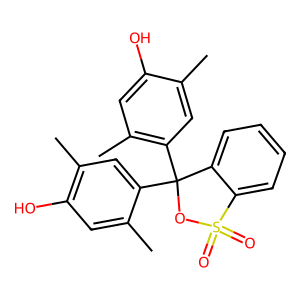
SMILES: Cc1cc(C2(c3cc(C)c(O)cc3C)OS(=O)(=O)c3ccccc32)c(C)cc1O
Inhibits HIV replication: No